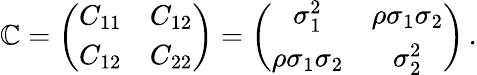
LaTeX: \mathbb{C}=\left(\begin{array}{ll}{C_{11}}&{C_{12}}\\ {C_{12}}&{C_{22}}\end{array}\right)=\left(\begin{array}{cc}{\sigma_{1}^{2}}&{\rho\sigma_{1}\sigma_{2}}\\ {\rho\sigma_{1}\sigma_{2}}&{\sigma_{2}^{2}}\end{array}\right)\, .